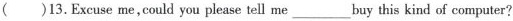
()13.Excuseme,could you please tell me ___ buy this kind of computer?